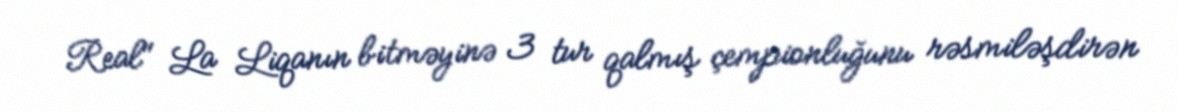
Real" La Liqanın bitməyinə 3 tur qalmış çempionluğunu rəsmiləşdirən